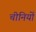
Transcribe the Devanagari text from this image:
चीनियाें